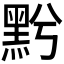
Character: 𪐭